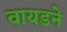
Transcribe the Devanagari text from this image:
वायडने